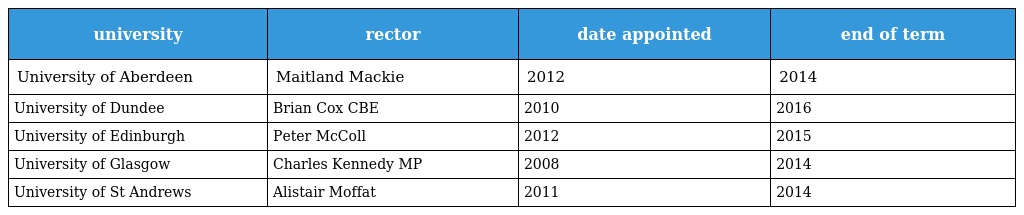
| university | rector | date appointed | end of term |
 | --- | --- | --- | --- |
 | University of Aberdeen | Maitland Mackie | 2012 | 2014 |
 | University of Dundee | Brian Cox CBE | 2010 | 2016 |
 | University of Edinburgh | Peter McColl | 2012 | 2015 |
 | University of Glasgow | Charles Kennedy MP | 2008 | 2014 |
 | University of St Andrews | Alistair Moffat | 2011 | 2014 |